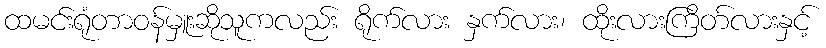
ထမင်းရုံတာဝန်မှူးဆိုသူကလည်း ရိုက်လား နှက်လား၊ ထိုးလားကြိတ်လားနှင့်